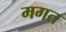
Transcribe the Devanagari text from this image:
मगत